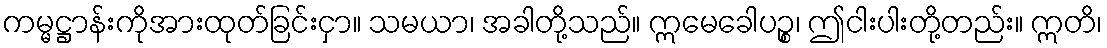
ကမ္မဋ္ဌာန်းကိုအားထုတ်ခြင်းငှာ။ သမယာ၊ အခါတို့သည်။ ဣမေခေါပဉ္စ၊ ဤငါးပါးတို့တည်း။ ဣတိ၊